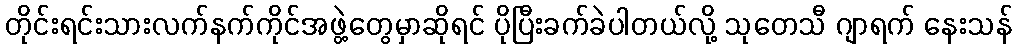
တိုင်းရင်းသားလက်နက်ကိုင်အဖွဲ့တွေမှာဆိုရင် ပိုပြီးခက်ခဲပါတယ်လို့ သုတေသီ ဂျာရက် နေးသန်